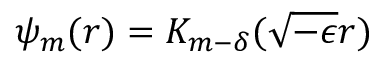
\psi _ { m } ( r ) = K _ { m - \delta } ( \sqrt { - \epsilon } r ) \,